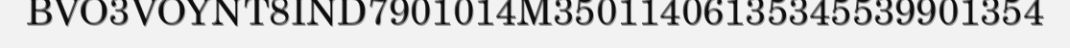
BVO3VOYNT8IND7901014M35011406135345539901354